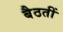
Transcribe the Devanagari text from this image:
बैठतीं